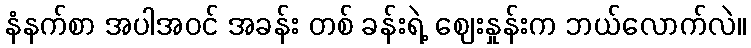
နံနက်စာ အပါအဝင် အခန်း တစ် ခန်းရဲ့ ဈေးနှုန်းက ဘယ်လောက်လဲ။